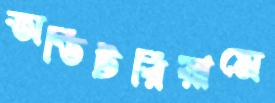
অডিটরিয়ামে